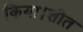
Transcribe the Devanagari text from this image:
किया।शीत